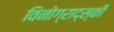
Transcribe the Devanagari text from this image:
विनोग्राद्स्की